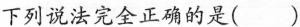
下列说法完全正确的是()